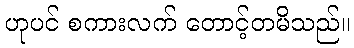
ဟုပင် စကားလက် တောင့်တမိသည်။